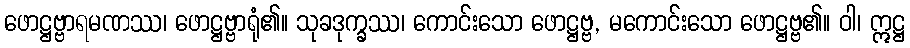
ဖောဋ္ဌဗ္ဗာရမဏဿ၊ ဖောဋ္ဌဗ္ဗာရုံ၏။ သုခဒုက္ခဿ၊ ကောင်းသော ဖောဋ္ဌဗ္ဗ, မကောင်းသော ဖောဋ္ဌဗ္ဗ၏။ ဝါ၊ ဣဋ္ဌ